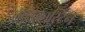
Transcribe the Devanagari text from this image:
ब्रॉडकास्टिन